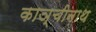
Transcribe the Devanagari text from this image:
काञ्चीनाथ